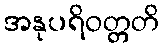
အနုပရိဝတ္တတိ